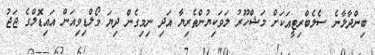
ބިންދާލާނެ ސެލެބްރިޓީއަކަށް މަޝްހޫރު ލަވަކިޔުންތެރިޔާ އަދި ނިމިގެން ދިޔަ މޯލްޑިވިއަން އައިޑޮލްގެ ޖަޖު